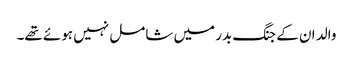
والد ان کے جنگ بدر میں شامل نہیں ہوئے تھے۔